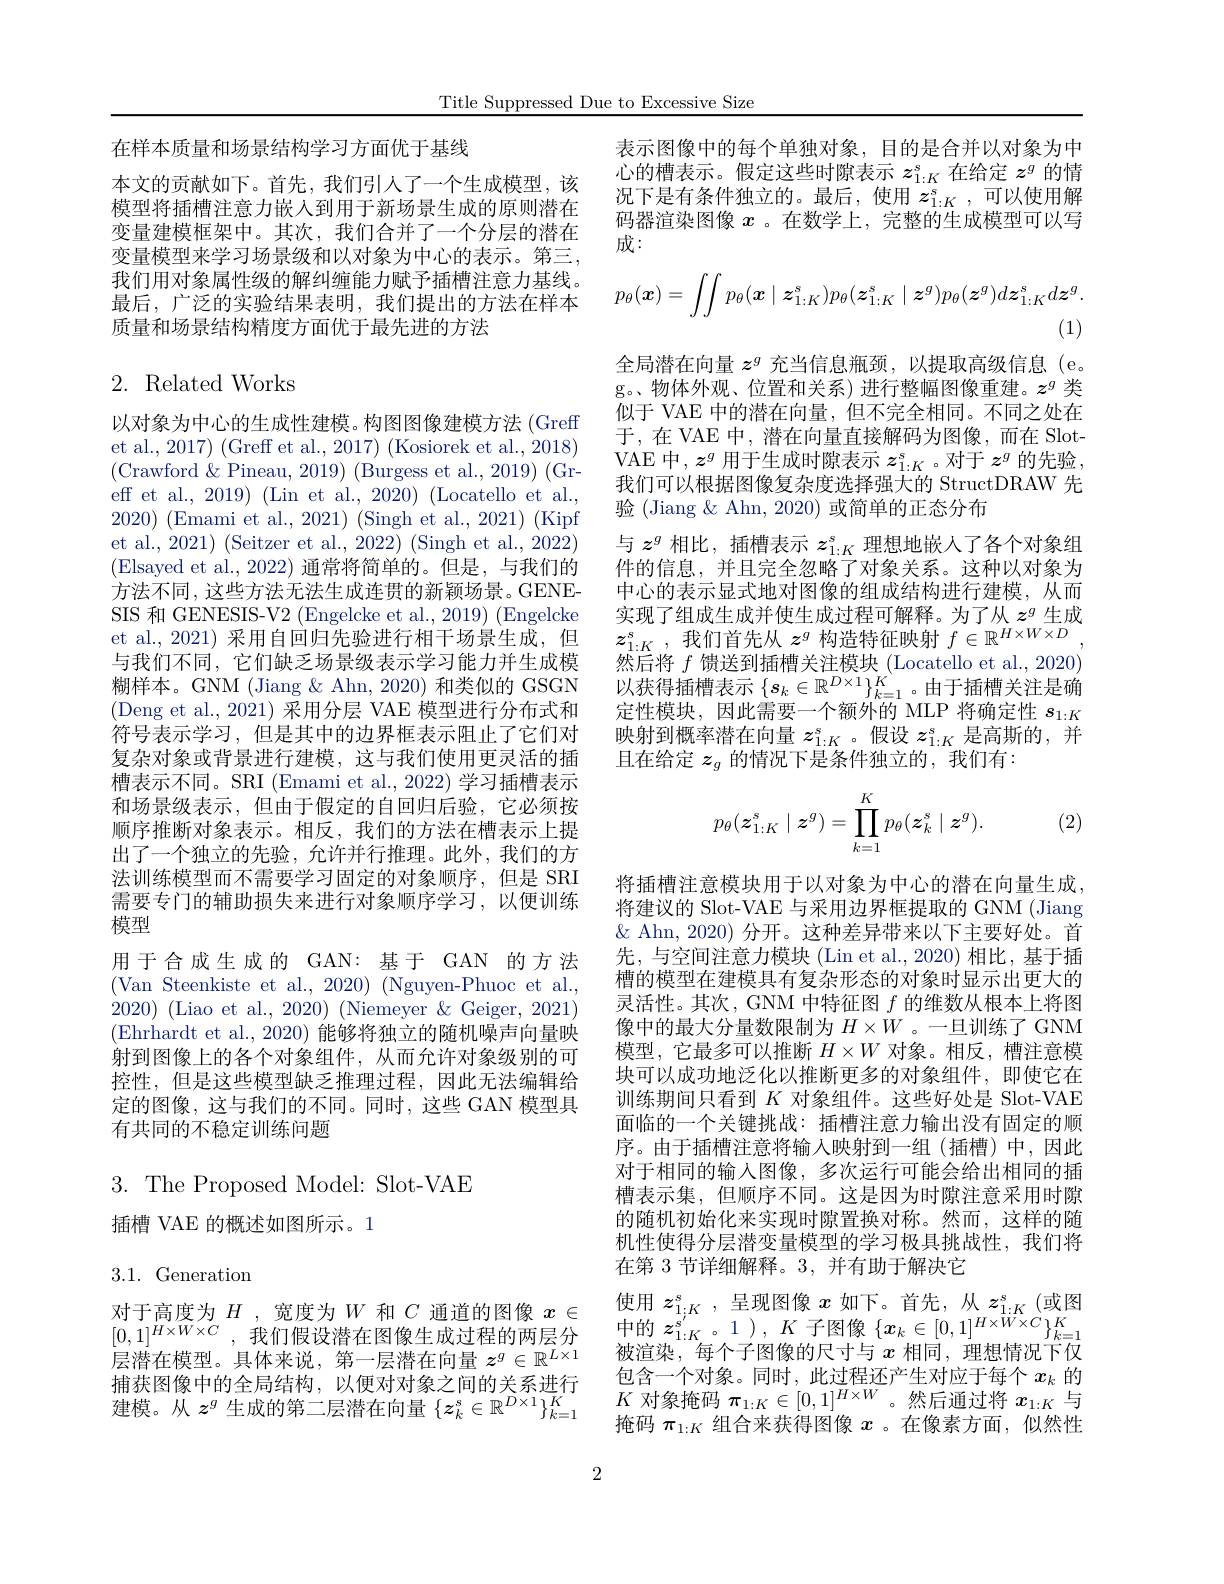
Title Suppressed Due to Excessive Size

在样本质量和场景结构学习方面优于基线
本文的贡献如下。首先，我们引人了一个生成模型，该模型将插槽注意力嵌人到用于新场景生成的原则潜在变量建模框架中。其次，我们合并了一个分层的潜在变量模型来学习场景级和以对象为中心的表示。第三， 我们用对象属性级的解纠缠能力赋予插槽注意力基线。最后，广泛的实验结果表明，我们提出的方法在样本质量和场景结构精度方面优于最先进的方法

# 2. Related Works

以对象为中心的生成性建模。构图图像建模方法 (Greff et al., 2017) (Greff et al., 2017) (Kosiorek et al., 2018) (Crawford &Pineau, 2019) (Burgess et al., 2019) (Greff et al., 2019) (Lin et al., 2020) (Locatello et al., $2020) \allowbreak ( {\mathrm{mod}} $Emami et al. , 2021) ( Singh et al. , 2021) ( Kipf) et al., 2021) (Seitzer et al., 2022) (Singh et al., 2022) (Elsayed et al., 2022) 通常将简单的。但是，与我们的方法不同，这些方法无法生成连贯的新颖场景。GENESIS 和 GENESIS-V2 (Engelcke et al., 2019) (Engelcke et al., 2021) 采用自回归先验进行相干场景生成，但与我们不同，它们缺乏场景级表示学习能力并生成模糊样本。GNM (Jiang & Ahn, 2020) 和类似的 GSGN (Deng et al., 2021) 采用分层 VAE 模型进行分布式和符号表示学习，但是其中的边界框表示阻止了它们对复杂对象或背景进行建模，这与我们使用更灵活的插槽表示不同。SRI (Emami et al., 2022) 学习插槽表示和场景级表示，但由于假定的自回归后验，它必须按顺序推断对象表示。相反，我们的方法在槽表示上提出了一个独立的先验，允许并行推理。此外，我们的方法训练模型而不需要学习固定的对象顺序，但是 SRI 需要专门的辅助损失来进行对象顺序学习，以便训练模型
用于合成生成的 GAN:基于 GAN 的方法(Van Steenkiste et al., 2020) (Nguyen-Phuoc et al., 2020) (Liao et al., 2020) (Niemeyer & Geiger, 2021) (Ehrhardt et al., 2020) 能够将独立的随机噪声向量映射到图像上的各个对象组件，从而允许对象级别的可控性，但是这些模型缺乏推理过程，因此无法编辑给定的图像，这与我们的不同。同时，这些 GAN 模型具有共同的不稳定训练问题
3. The Proposed Model: Slot-VAE

插槽 VAE 的概述如图所示。1

3.1.Generation
$$\begin{aligned}p_\theta(\boldsymbol{x})=\int\int p_\theta(\boldsymbol{x}\mid\boldsymbol{z}_{1:K}^s)p_\theta(\boldsymbol{z}_{1:K}^s\mid\boldsymbol{z}^g)p_\theta(\boldsymbol{z}^g)d\boldsymbol{z}_{1:K}^sd\boldsymbol{z}^g.\\(1)\end{aligned}$$
表示图像中的每个单独对象，目的是合并以对象为中心的槽表示。假定这些时隙表示$z_{1:K}^s$在给定$z^g$的情况下是有条件独立的。最后，使用 $z_{1:K}^s$,可以使用解码器渲染图像$x$ 。在数学上，完整的生成模型可以写成：
全局潜在向量$z^g$充当信息瓶颈，以提取高级信息 (e。g。物体外观、位置和关系) 进行整幅图像重建。$z^g$类似于 VAE 中的潜在向量，但不完全相同。不同之处在于，在 VAE 中，潜在向量直接解码为图像，而在 SlotVAE 中$,z^g$用于生成时隙表示$z_1:K^s$。对于$z^g$的先验， 我们可以根据图像复杂度选择强大的 StructDRAW 先验 (Jiang & Ahn, 2020) 或简单的正态分布
与$z^g$相比，插槽表示$z_{1:K}^s$理想地嵌人了各个对象组件的信息，并且完全忽略了对象关系。这种以对象为中心的表示显式地对图像的组成结构进行建模，从而实现了组成生成并使生成过程可解释。为了从$z^g$生成$z_{1: K}^{s}$ , 我们首先从$z^g$构造特征映射$f\in\mathbb{R}^H\times W\times D$, 然后将$f$馈送到插槽关注模块 (Locatello et al., 2020) 以获得插槽表示$\{s_k\in\mathbb{R}^{D\times1}\}_{k=1}^K$。由于插槽关注是确定性模块，因此需要一个额外的 MLP 将确定性$s_{1:K}$ 映射到概率潜在向量$z_{1:K}^s$。假设$z_1:K^s$是高斯的，并且在给定$z_g$的情况下是条件独立的，我们有：
$$p_\theta(\boldsymbol{z}_{1:K}^s\mid\boldsymbol{z}^g)=\prod_{k=1}^Kp_\theta(\boldsymbol{z}_k^s\mid\boldsymbol{z}^g).$$
(2)

将插槽注意模块用于以对象为中心的潜在向量生成将建议的 Slot-VAE 与采用边界框提取的 GNM (Jiang $\&$ Ahn, 2020) 分开。这种差异带来以下主要好处。首先，与空间注意力模块 (Lin et al.,2020) 相比，基于插槽的模型在建模具有复杂形态的对象时显示出更大的灵活性。其次，GNM 中特征图$f$的维数从根本上将图像中的最大分量数限制为$H\times W$ 。一旦训练了 GNM 模型，它最多可以推断$H\times W$对象。相反，槽注意模块可以成功地泛化以推断更多的对象组件，即使它在训练期间只看到$K$对象组件。这些好处是 Slot-VAE 面临的一个关键挑战：插槽注意力输出没有固定的顺序。由于插槽注意将输入映射到一组(插槽)中，因此对于相同的输入图像，多次运行可能会给出相同的插槽表示集，但顺序不同。这是因为时隙注意采用时隙的随机初始化来实现时隙置换对称。然而，这样的随机性使得分层潜变量模型的学习极具挑战性，我们将在第 3 节详细解释。3, 并有助于解决它
使用$z_{1; K}^{s}$ ,呈现图像$x$如下。首先，从$z_1:K^{s}$(或图
对 于 高 度 为 $H$ , 宽 度 为 $W$ 和 $C$ 通 道 的 图 像 $x\in$使 用 $z_{1; K}^{s}$ , 呈 现 图 像 $x$ 如 卜 。自 无 , 从 $z_{1: K}^{s}$ ( 或 图 $[ 0, 1] ^{H\times W\times C}$ , 我 们 假 设 潜 在 图 像 生 成 过 程 的 两 层 分 中 的 $z_{1: K}^{s}$ 。1 ) , $K$ 子 图 像 $\{ x_k\in [ 0, 1] ^{H\times W\times C}\} _{k= 1}^{K}$ 层 潜 在 模 型 。具 体 来 说 , 第 一 层 潜 在 向 量 $z^g\in \mathbb{R} ^{L\times 1}$被 渲 染 , 每 个 子 图 像 的 尺 寸 与
包含一个对象。同时，此过程还产生对应于每个$x_k$的$K$对象掩码$\pi_1:K\in[0,1]^{H\times W}$。然后通过将$x_1:K$与掩码$\pi_{1:K}$组合来获得图像$x$ 。在像素方面，似然性

捕获图像中的全局结构，以便对对象之间的关系进行

建模。从$z^g$生成的第二层潜在向量$\{z_k^s\in\mathbb{R}^{D\times1}\}_{k=1}^K$

2